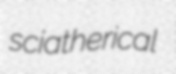
sciatherical